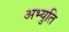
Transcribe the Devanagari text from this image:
अभ्युति